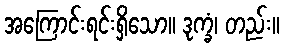
အကြောင်းရင်းရှိသော။ ဒုက္ခံ၊ တည်း။